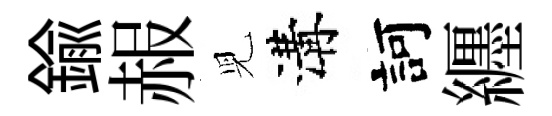
鍮赧児溝訶纒